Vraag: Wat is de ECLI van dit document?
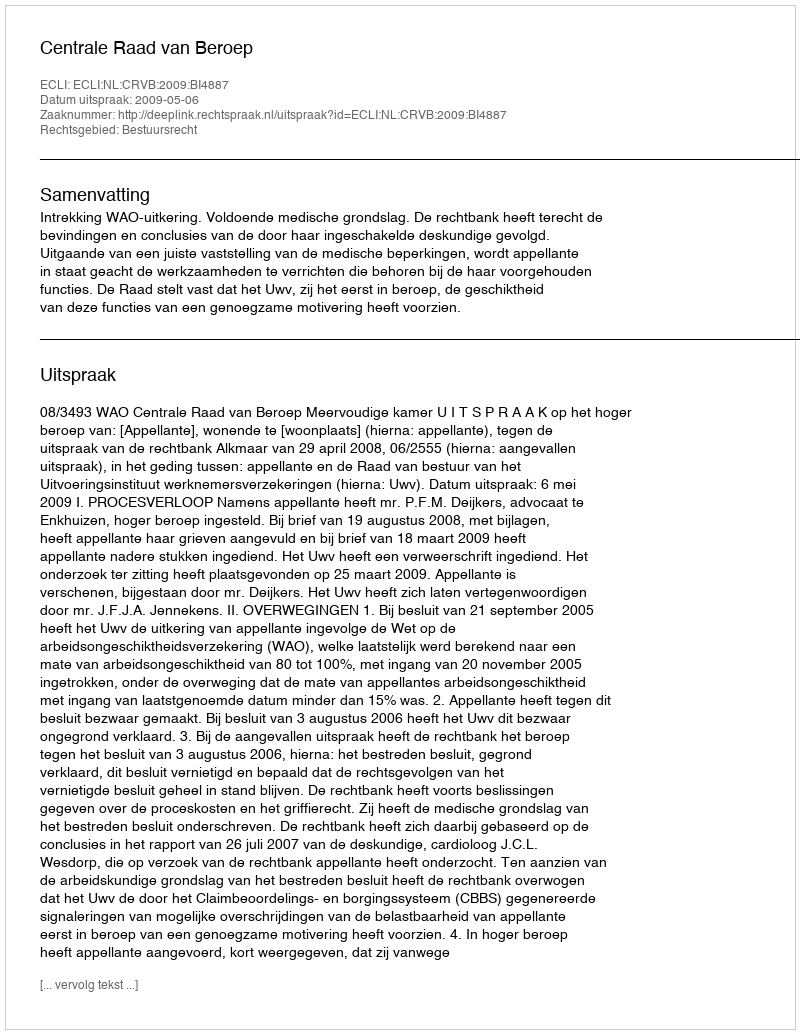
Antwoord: ECLI:NL:CRVB:2009:BI4887